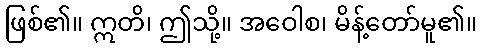
ဖြစ်၏။ ဣတိ၊ ဤသို့။ အဝေါစ၊ မိန့်တော်မူ၏။